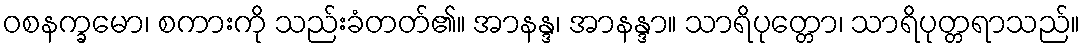
ဝစနက္ခမော၊ စကားကို သည်းခံတတ်၏။ အာနန္ဒ၊ အာနန္ဒာ။ သာရိပုတ္တော၊ သာရိပုတ္တရာသည်။